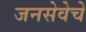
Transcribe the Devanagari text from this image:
जनसेवेचे